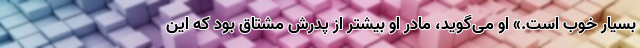
بسیار خوب است.» او می‌گوید، مادرِ او بیشتر از پدرش مشتاق بود که این